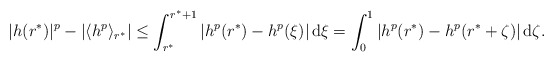
\begin{align*}|h(r^*)|^p - \left| \langle h^p\rangle_{r^*} \right| \leq \int_{r^*}^{r^*+1} |h^p(r^*) - h^p(\xi)| \,\mathrm{d}\xi = \int_0^1 |h^p(r^*) - h^p(r^*+\zeta)|\,\mathrm{d}\zeta.\end{align*}